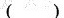
( )